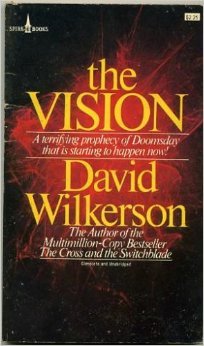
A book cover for The Vision: A Terrifying Prophecy of Doomsday that is Starting to Happen Now!; David Wilkerson; Christian Books & Bibles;